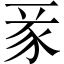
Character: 𧰬